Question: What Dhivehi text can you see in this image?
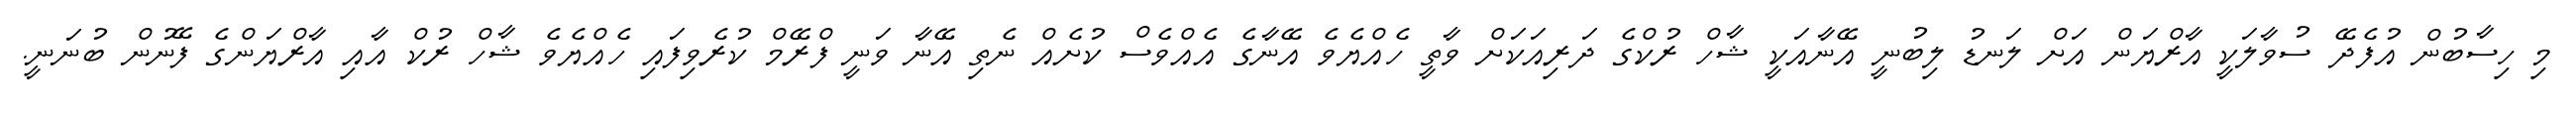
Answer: މި ހިސާބުން އުފެދޭ ސުވާލަކީ އާރްޔަން އަށް ލަނޑު ލިބުނީ އޭނާއަކީ ޝާހް ރުކްގެ ދަރިއަކަށް ވާތީ ހެއްޔެވެ އޭނާގެ އެއްވެސް ކުށެއް ނެތި އޭނާ ވަނީ ފްރޭމް ކުރެވިފައި ހެއްޔެވެ ޝާހް ރުކް އާއި އާރްޔަންގެ ފޭނުން ބުނަނީ.